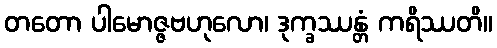
တတော ပါမောဇ္ဇဗဟုလော၊ ဒုက္ခဿန္တံ ကရိဿတိ။